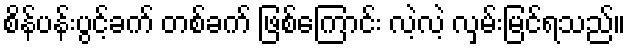
စိန်ပန်းပွင့်ခက် တစ်ခက် ဖြစ်ကြောင်း လဲ့လဲ့ လှမ်းမြင်ရသည်။